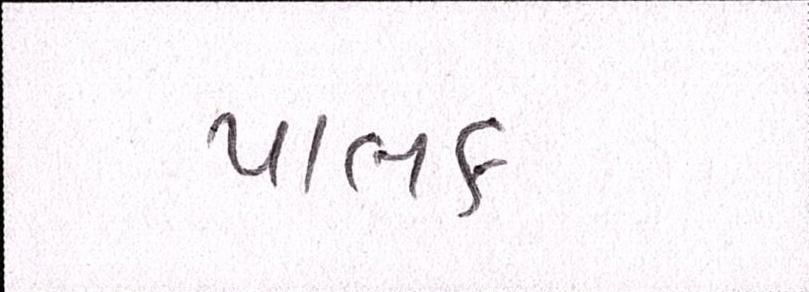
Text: પાલક